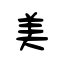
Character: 美